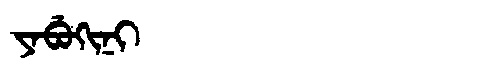
Manchu: ᠶᠠᠪᡠᡴᡳᠨᡳ
Romanization: YABUKINI